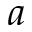
a